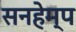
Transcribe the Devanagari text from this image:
सनहेम्प